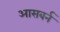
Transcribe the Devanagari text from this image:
आसबर्न